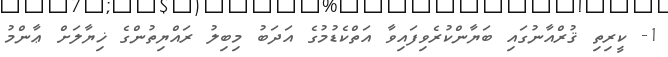
1- ކީރިތި ޤުރްއާނުގައި ބަޔާންކުރެވިފައިވާ އަތްކެޑުމުގެ އަދަބު މިބިލު ރައްޔިތުންގެ ޚިޔާލަށް ޢާންމު